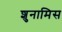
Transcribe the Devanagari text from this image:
शुनामिस